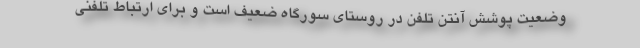
وضعیت پوشش آنتن تلفن در روستای سورگاه ضعیف است و برای ارتباط تلفنی